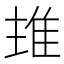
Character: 𨾨